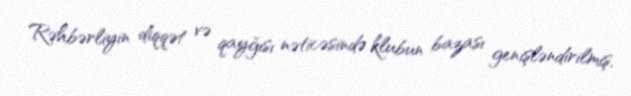
Rəhbərliyin diqqət və qayğısı nəticəsində klubun bazası genişləndirilmiş,